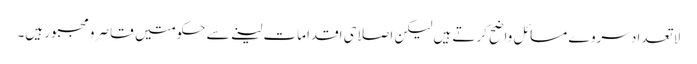
لا تعدا د سروے مسائل واضح کرتے ہیں لیکن اصلاحی اقدامات لینے سے حکومتیں قاصر و مجبور ہیں۔